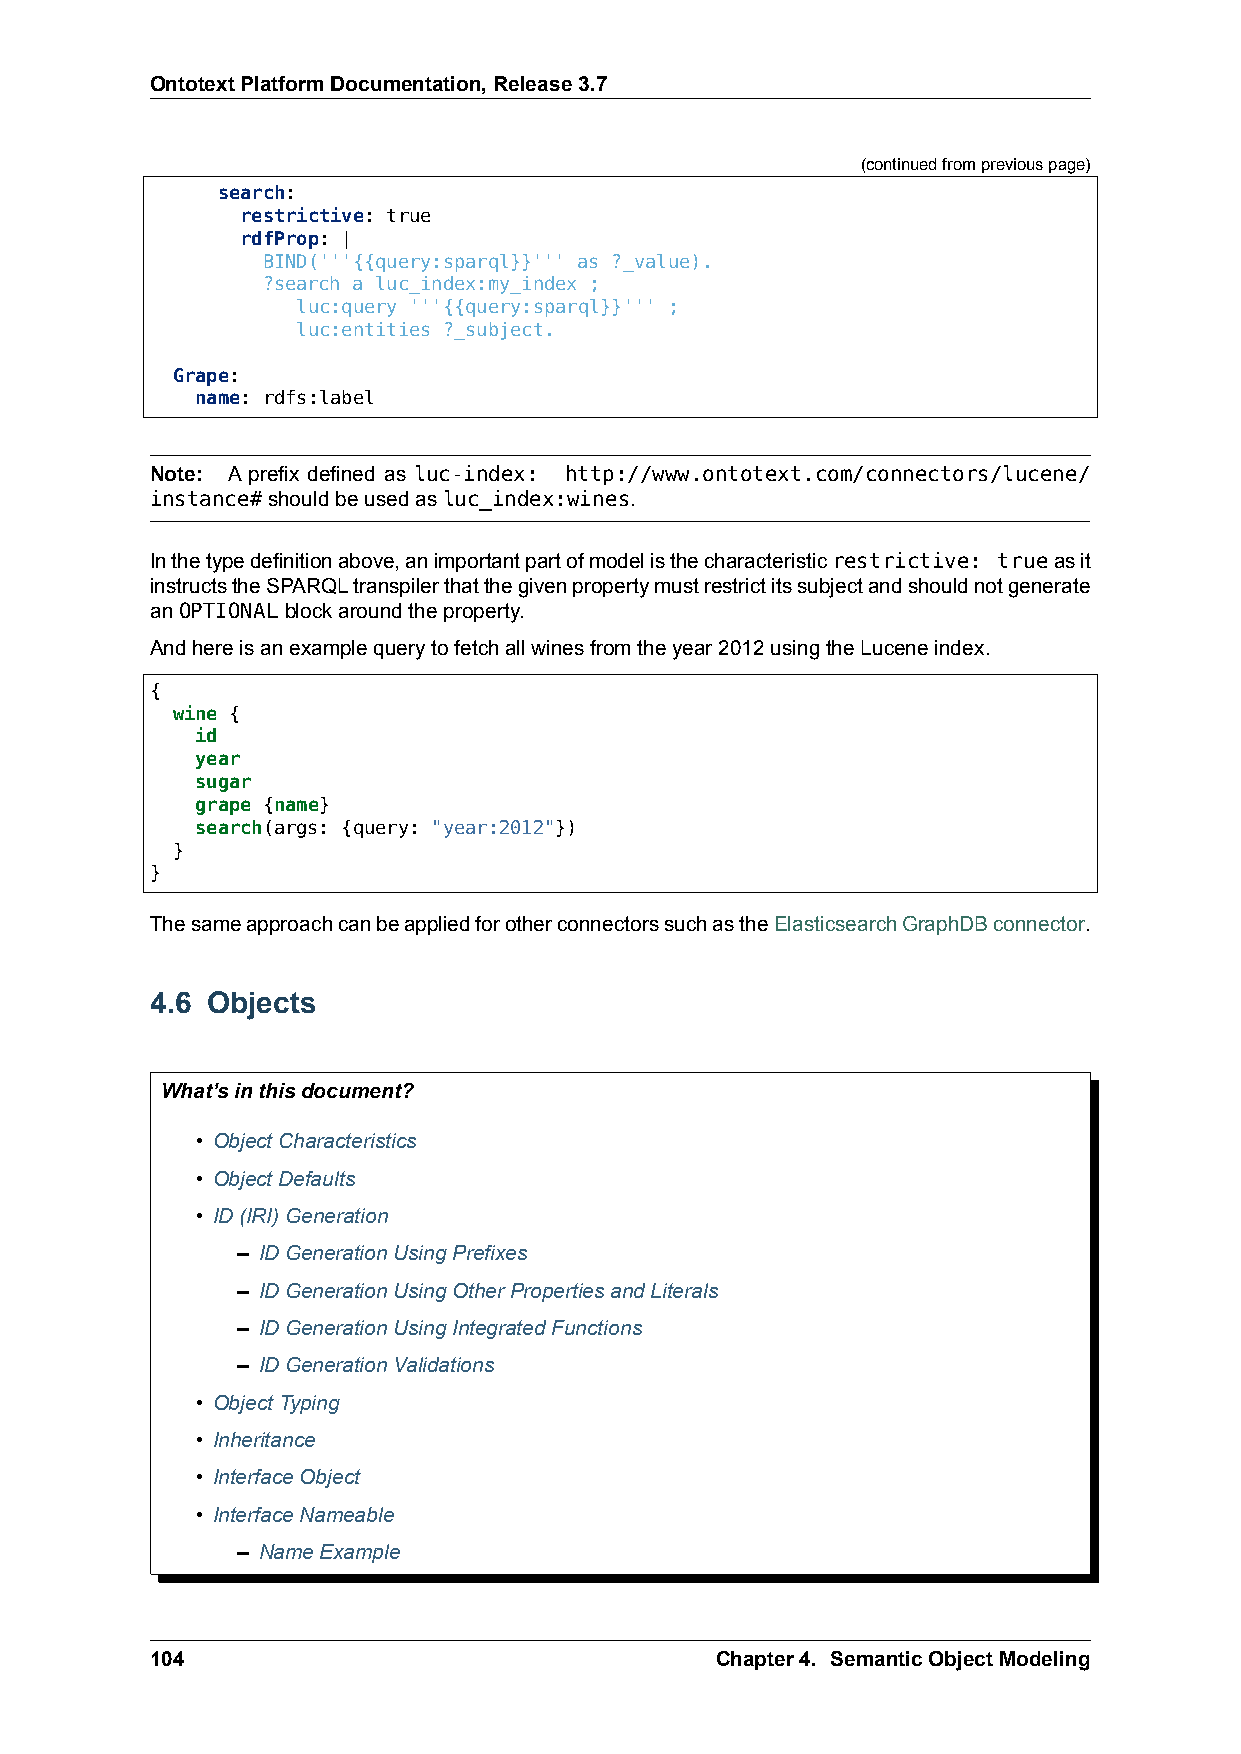
OntotextPlatformDocumentation,Release3.7
 (continuedfrompreviouspage)
 search:
 restrictive: true
 rdfProp: |
 BIND('''{{query:sparql}}''' as ?_value).
 ?search a luc_index:my_index ;
 luc:query '''{{query:sparql}}''' ;
 luc:entities ?_subject.
 Grape:
 name: rdfs:label
 Note: A prefix defined as luc-index: http://www.ontotext.com/connectors/lucene/
 instance#shouldbeusedasluc_index:wines.
 Inthetypedefinitionabove,animportantpartofmodelisthecharacteristicrestrictive: trueasit
 instructstheSPARQLtranspilerthatthegivenpropertymustrestrictitssubjectandshouldnotgenerate
 anOPTIONALblockaroundtheproperty.
 Andhereisanexamplequerytofetchallwinesfromtheyear2012usingtheLuceneindex.
 {
 wine {
 id
 year
 sugar
 grape {name}
 search(args: {query: "year:2012"})
 }
 }
 ThesameapproachcanbeappliedforotherconnectorssuchastheElasticsearchGraphDBconnector.
 4.6 Objects
 What’sinthisdocument?
 • ObjectCharacteristics
 • ObjectDefaults
 • ID(IRI)Generation
 – IDGenerationUsingPrefixes
 – IDGenerationUsingOtherPropertiesandLiterals
 – IDGenerationUsingIntegratedFunctions
 – IDGenerationValidations
 • ObjectTyping
 • Inheritance
 • InterfaceObject
 • InterfaceNameable
 – NameExample
 104                                  Chapter4. SemanticObjectModeling